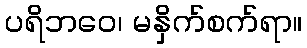
ပရိဘဝေ၊ မနှိက်စက်ရာ။